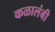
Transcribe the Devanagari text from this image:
कळालंबी